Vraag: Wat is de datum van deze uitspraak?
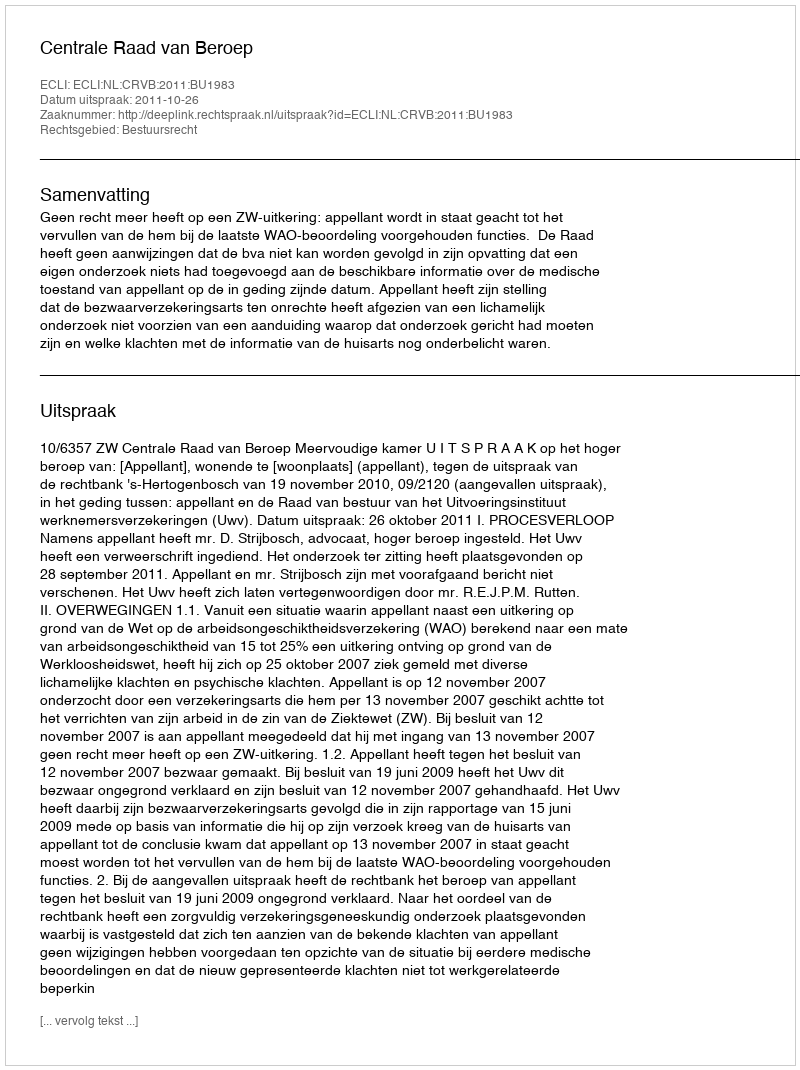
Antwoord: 2011-10-26